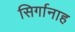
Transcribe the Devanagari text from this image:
सिर्गानाह